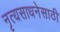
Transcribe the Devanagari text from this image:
नृत्यसाधनेसाठी